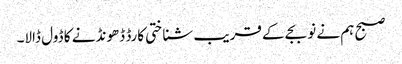
صبح ہم نے نو بجے کے قریب شناختی کارڈ ڈھونڈنے کا ڈول ڈالا۔